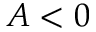
A < 0